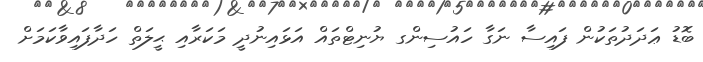
ބޮޑު ޢަދަދުތަކުން ފައިސާ ނަގާ ހައުސިންގ ޔުނިޓްތައް އަޅައިނުދީ މަކަރާއި ޙީލަތް ހަދާފައިވާކަމަށް